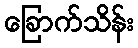
ခြောက်သိန်း